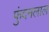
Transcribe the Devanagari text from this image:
फुंदनलाल